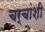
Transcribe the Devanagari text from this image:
चर्चांशी